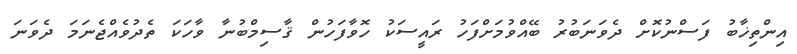
އިންތިޚާބު ފަސްނުކޮށް ދެވަނަބުރު ބޭއްވުމަށްފަހު ރައީސަކު ހޮވާފަހުން ޤާސިމްބުނާ ވާހަކަ ތެދުވެއްޖެނަމަ ދެވަނަ